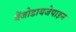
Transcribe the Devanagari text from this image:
बेंजोडायजेपाइन